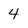
Character: 4